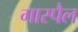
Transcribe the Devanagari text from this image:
गास्पैल